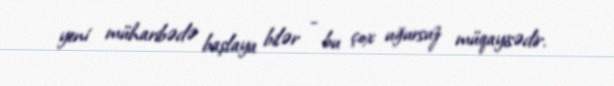
yeni müharibədə başlaya bilər - bu çox uğursuz müqayisədir.